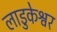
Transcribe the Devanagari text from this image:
लाडुकेश्वर